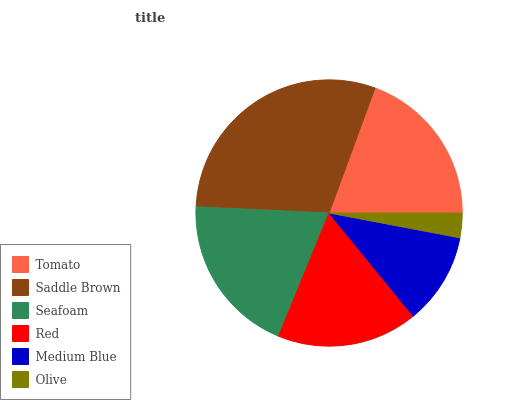
| Tomato | Saddle Brown | Seafoam | Red | Medium Blue | Olive |
 | --- | --- | --- | --- | --- | --- |
 | 19.4% | 29.9% | 19.6% | 17% | 11.1% | 2.97% |